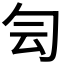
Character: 𠣓